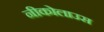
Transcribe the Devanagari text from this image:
नीकोलाउस